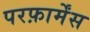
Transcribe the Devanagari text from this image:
परफ़ार्मेंस